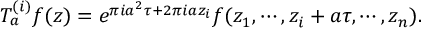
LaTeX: T _ { a } ^ { ( i ) } f ( z ) = e ^ { \pi i a ^ { 2 } \tau + 2 \pi i a z _ { i } } f ( z _ { 1 } , \cdots , z _ { i } + a \tau , \cdots , z _ { n } ) .